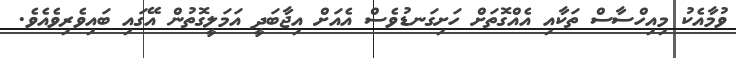
ވުމާއެކު މިއިހްސާސް ތަކާއި އެއްގޮތަށް ހަށިގަނޑުވެސް އެއަށް އިޖާބަދީ އަމަލީގޮތުން އޭގައި ބައިވެރިވެއެވެ.